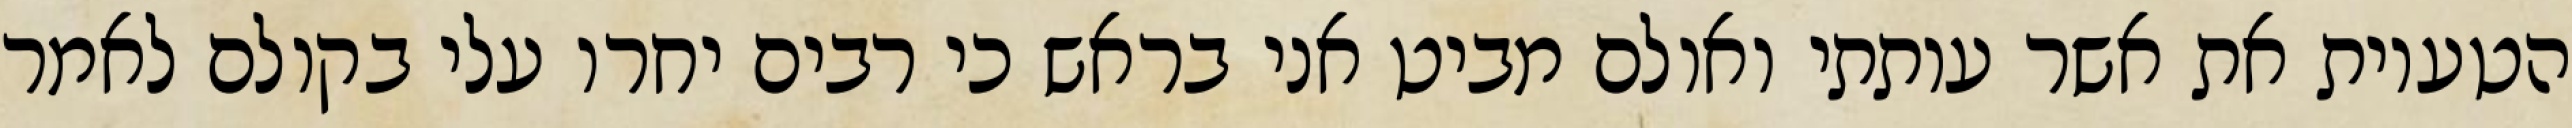
הטעיות את אשר עותתי ואולם מביט אני בראש כי רבים יחרו עלי בקולם לאמר